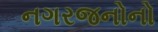
નગરજનોનો